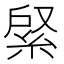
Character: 䋜